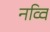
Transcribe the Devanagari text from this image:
नव्वि